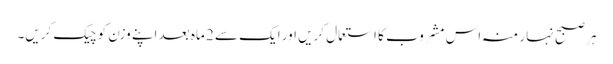
ہر صبح نہار منہ اس مشروب کا استعمال کریں اور ایک سے 2 ماہ بعد اپنے وزن کو چیک کریں۔